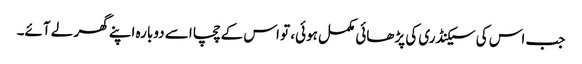
جب اس کی سیکنڈری کی پڑھائی مکمل ہوئی، تو اس کے چچا اسے دوبارہ اپنے گھر لے آئے۔